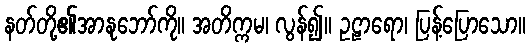
နတ်တို့၏အာနုဘော်ကို။ အတိက္ကမ၊ လွန်၍။ ဥဠာရော၊ ပြန့်ပြောသော။